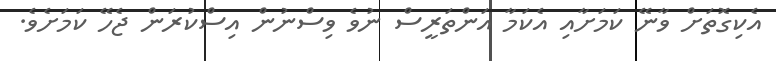
އެކިގޮތަށް ވާނޭ ކަމަށާއި އެކަމާ އަންތަރީސް ނުވެ ވިސްނުން އިސްކުރަން ޖެހޭ ކަމަށެވެ.